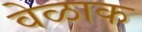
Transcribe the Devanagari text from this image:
वेळाक